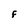
Character: F